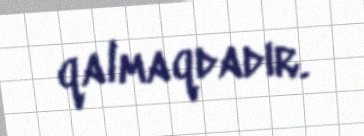
qalmaqdadır.